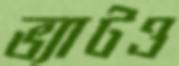
ভ্যাটও